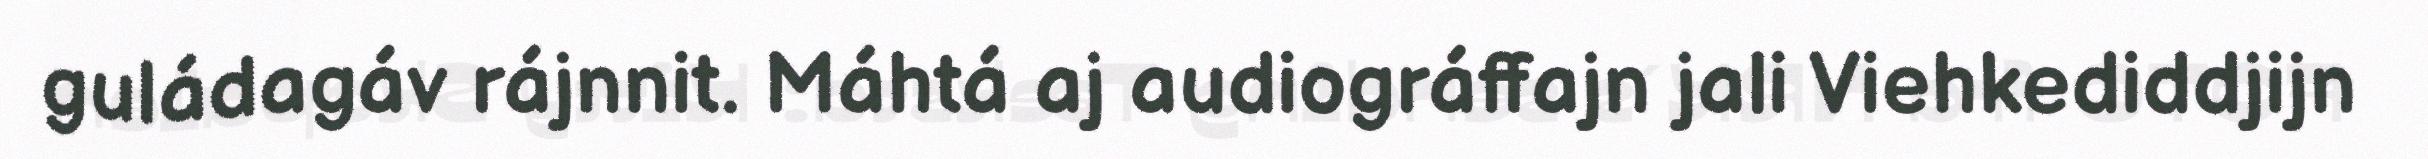
guládagáv rájnnit. Máhtá aj audiográffajn jali Viehkediddjijn